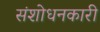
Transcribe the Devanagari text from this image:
संशोधनकारी